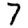
Digit: 7